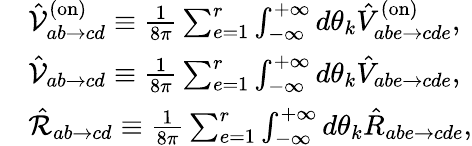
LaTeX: \begin{array}{rl}&{\hat{\mathcal{V}}_{ab\to cd}^{(\mathrm{on})}\equiv\frac{1}{8\pi}\sum_{e=1}^{r}\int_{-\infty}^{+\infty}d\theta_{k}\hat{V}_{abe\to cde}^{(\mathrm{on})},}\\ &{\hat{\mathcal{V}}_{ab\to cd}\equiv\frac{1}{8\pi}\sum_{e=1}^{r}\int_{-\infty}^{+\infty}d\theta_{k}\hat{V}_{abe\to cde},}\\ &{\hat{\mathcal{R}}_{ab\to cd}\equiv\frac{1}{8\pi}\sum_{e=1}^{r}\int_{-\infty}^{+\infty}d\theta_{k}\hat{R}_{abe\to cde},}\end{array}